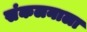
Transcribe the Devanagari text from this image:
संकलनाला